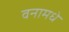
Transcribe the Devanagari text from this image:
वनामधे